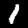
Label: 1